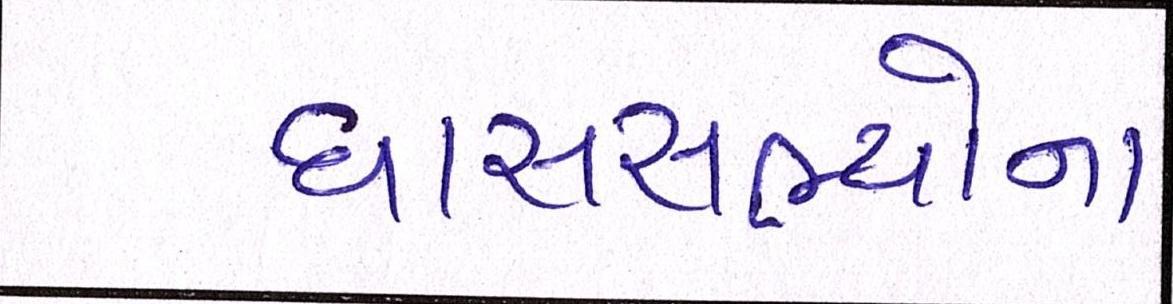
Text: ધારાસભ્યોના